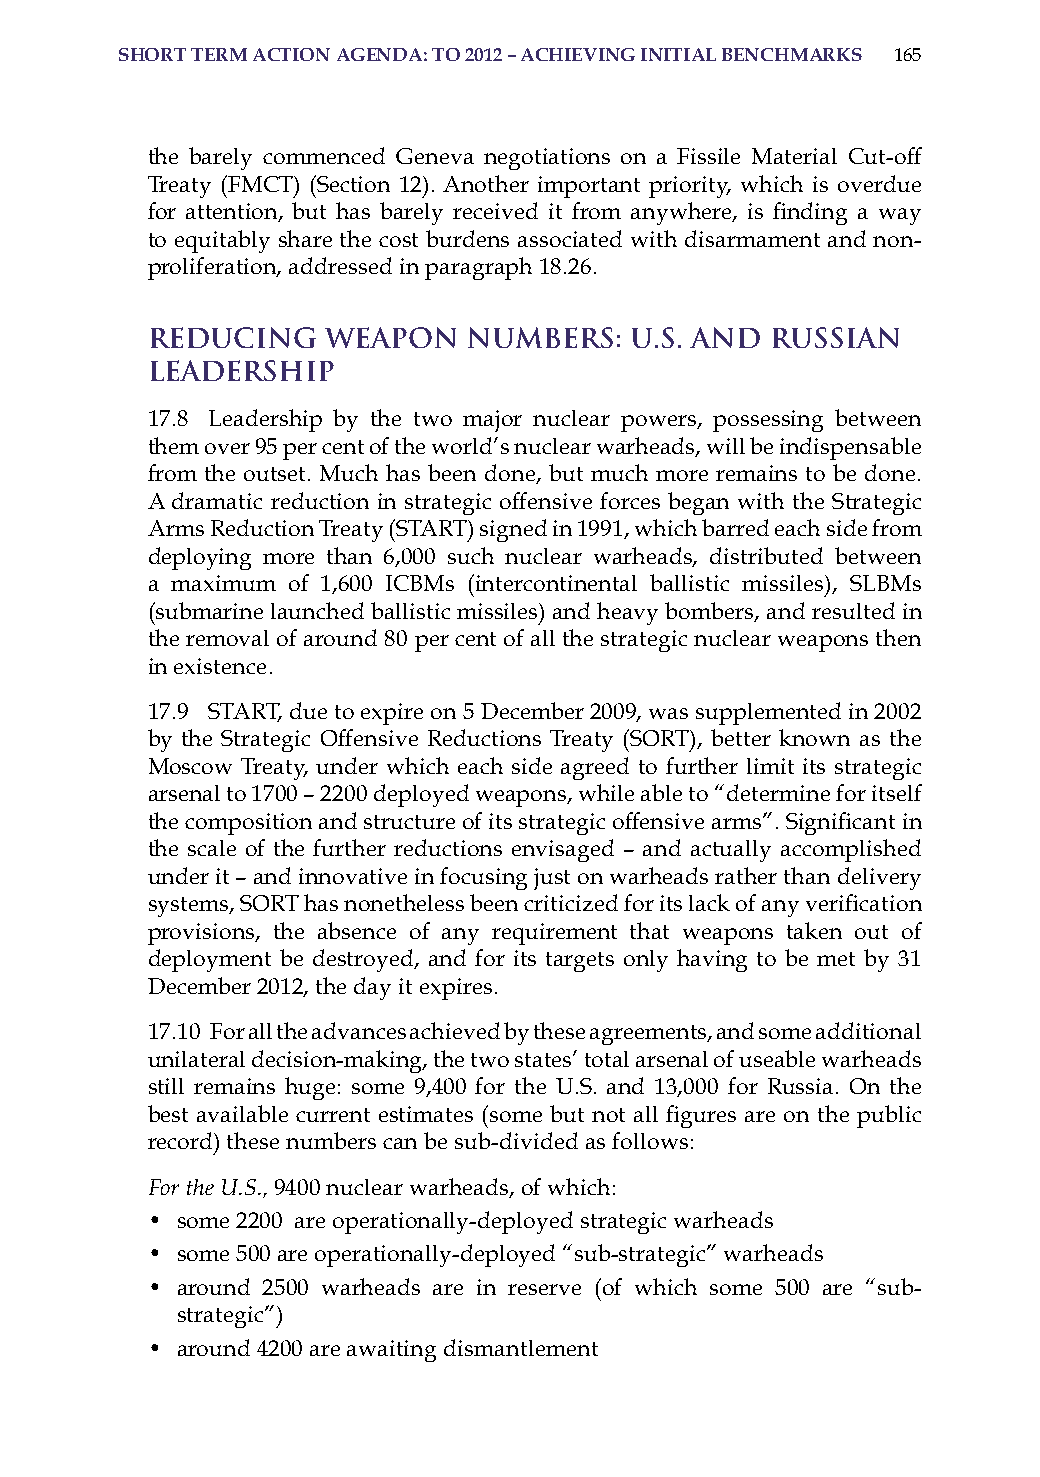
short terM action aGenda: to 2012 – achievinG initiaL benchMarks 165
 the barely commenced Geneva negotiations on a Fissile Material Cut-off
 Treaty (FMCT) (Section 12). Another important priority, which is overdue
 for attention, but has barely received it from anywhere, is finding a way
 to equitably share the cost burdens associated with disarmament and non-
 proliferation, addressed in paragraph 18.26.
 Reducing    Weapon   Numbers:   U.S. and Russian
 Leadership
 17.8 Leadership by the two major nuclear powers, possessing between
 them over 95 per cent of the world’s nuclear warheads, will be indispensable
 from the outset. Much has been done, but much more remains to be done.
 a dramatic reduction in strategic offensive forces began with the strategic
 Arms Reduction Treaty (START) signed in 1991, which barred each side from
 deploying more than 6,000 such nuclear warheads, distributed between
 a maximum of 1,600 ICBMs (intercontinental ballistic missiles), SLBMs
 (submarine launched ballistic missiles) and heavy bombers, and resulted in
 the removal of around 80 per cent of all the strategic nuclear weapons then
 in existence.
 17.9 sTarT, due to expire on 5 December 2009, was supplemented in 2002
 by the Strategic Offensive Reductions Treaty (SORT), better known as the
 Moscow Treaty, under which each side agreed to further limit its strategic
 arsenal to 1700 – 2200 deployed weapons, while able to “determine for itself
 the composition and structure of its strategic offensive arms”. Significant in
 the scale of the further reductions envisaged – and actually accomplished
 under it – and innovative in focusing just on warheads rather than delivery
 systems, SORT has nonetheless been criticized for its lack of any verification
 provisions, the absence of any requirement that weapons taken out of
 deployment be destroyed, and for its targets only having to be met by 31
 December 2012, the day it expires.
 17.10 For all the advances achieved by these agreements, and some additional
 unilateral decision-making, the two states’ total arsenal of useable warheads
 still remains huge: some 9,400 for the U.s. and 13,000 for russia. on the
 best available current estimates (some but not all figures are on the public
 record) these numbers can be sub-divided as follows:
 For the U.S., 9400 nuclear warheads, of which:
 • some 2200 are operationally-deployed strategic warheads
 • some 500 are operationally-deployed “sub-strategic” warheads
 • around 2500 warheads are in reserve (of which some 500 are “sub-
 strategic”)
 • around 4200 are awaiting dismantlement